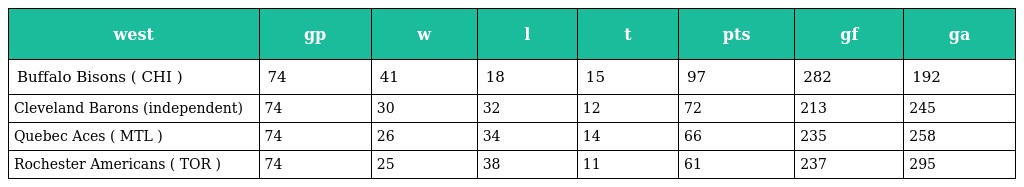
| west | gp | w | l | t | pts | gf | ga |
 | --- | --- | --- | --- | --- | --- | --- | --- |
 | Buffalo Bisons ( CHI ) | 74 | 41 | 18 | 15 | 97 | 282 | 192 |
 | Cleveland Barons (independent) | 74 | 30 | 32 | 12 | 72 | 213 | 245 |
 | Quebec Aces ( MTL ) | 74 | 26 | 34 | 14 | 66 | 235 | 258 |
 | Rochester Americans ( TOR ) | 74 | 25 | 38 | 11 | 61 | 237 | 295 |